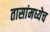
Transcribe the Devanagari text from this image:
तासांमध्येच